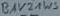
Text: BAV21WS